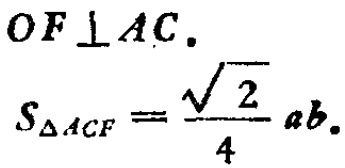
$OF\perp AC.$
$S_{\triangle ACF}=\frac{\sqrt{2}}{4}ab.$